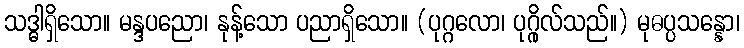
သဒ္ဓါရှိသော။ မန္ဒပညော၊ နုန့်သော ပညာရှိသော။ (ပုဂ္ဂလော၊ ပုဂ္ဂိုလ်သည်။) မုဓပ္ပသန္နော၊